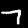
Label: 7